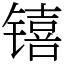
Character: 𬭳